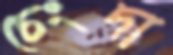
চেংদা